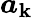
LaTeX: {\boldsymbol{a}}_{\mathbf{k}}